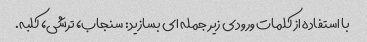
با استفاده از کلمات ورودی زیر جمله ای بسازید: سنجاب، ترشی، کلبه.